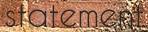
statement